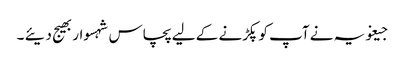
جیغویہ نے آپ کو پکڑنے کے لیے پچاس شہسوار بھیج دیئے ۔